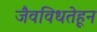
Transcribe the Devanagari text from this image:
जैवविधतेहून